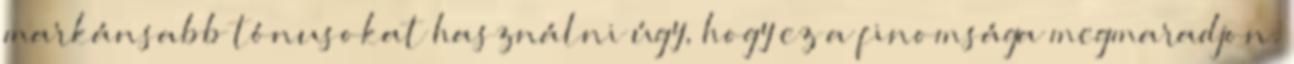
markánsabb tónusokat használni úgy, hogy ez a finomsága megmaradjon.